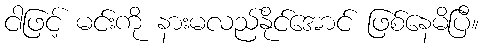
ငါဖြင့် မင်းကို နားမလည်နိုင်အောင် ဖြစ်နေမိပြီ။